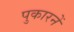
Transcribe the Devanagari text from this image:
पुकारनें